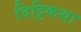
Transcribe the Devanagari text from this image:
दिट्टिकथा